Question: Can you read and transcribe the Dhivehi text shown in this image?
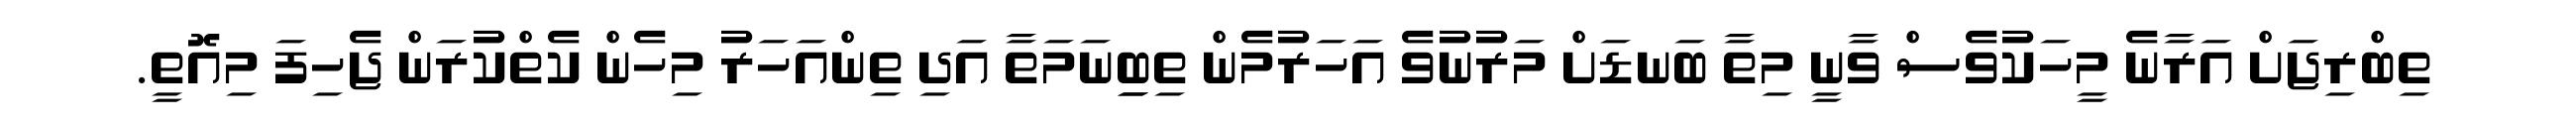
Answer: ތިބްރިޖަށް އަރާނެ މީހަކުވެސް ވާނީ މިތާ ބަނޑަށް މަރުނުވެ އަހަރުމެން ތިބިިނަމަތާ އަދި ތިންއަހަރު މިހެން ކެތްކުރަން ޖެހިފަ މިއޮތީ.